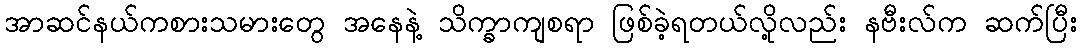
အာဆင်နယ်ကစားသမားတွေ အနေနဲ့ သိက္ခာကျစရာ ဖြစ်ခဲ့ရတယ်လို့လည်း နဗီးလ်က ဆက်ပြီး